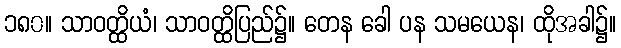
၁၈၀။ သာဝတ္ထိယံ၊ သာဝတ္ထိပြည်၌။ တေန ခေါ ပန သမယေန၊ ထိုအခါ၌။